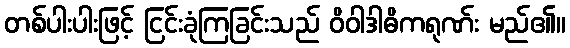
တစ်ပါးပါးဖြင့် ငြင်းခုံကြခြင်းသည် ဝိဝါဒါဓိကရုဏ်း မည်၏။